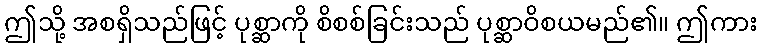
ဤသို့ အစရှိသည်ဖြင့် ပုစ္ဆာကို စိစစ်ခြင်းသည် ပုစ္ဆာဝိစယမည်၏။ ဤကား